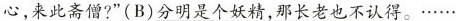
心，来此斋僧?”(B)\underline{分明是个妖怪，他却不能认得。 } ……